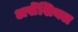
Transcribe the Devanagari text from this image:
असेंशियल